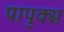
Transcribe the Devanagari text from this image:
पापुक्स